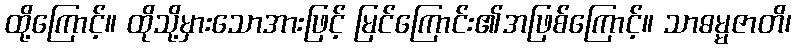
ထို့ကြောင့်။ ထိုသို့မှားသောအားဖြင့် မြင်ကြောင်း၏အဖြစ်ကြောင့်။ သာဓမ္မဇာတိ၊